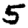
Digit: 5